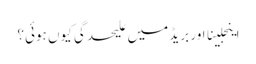
اینجلینا اور بریڈ میں علیحدگی کیوں ہوئی؟